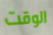
الوقت